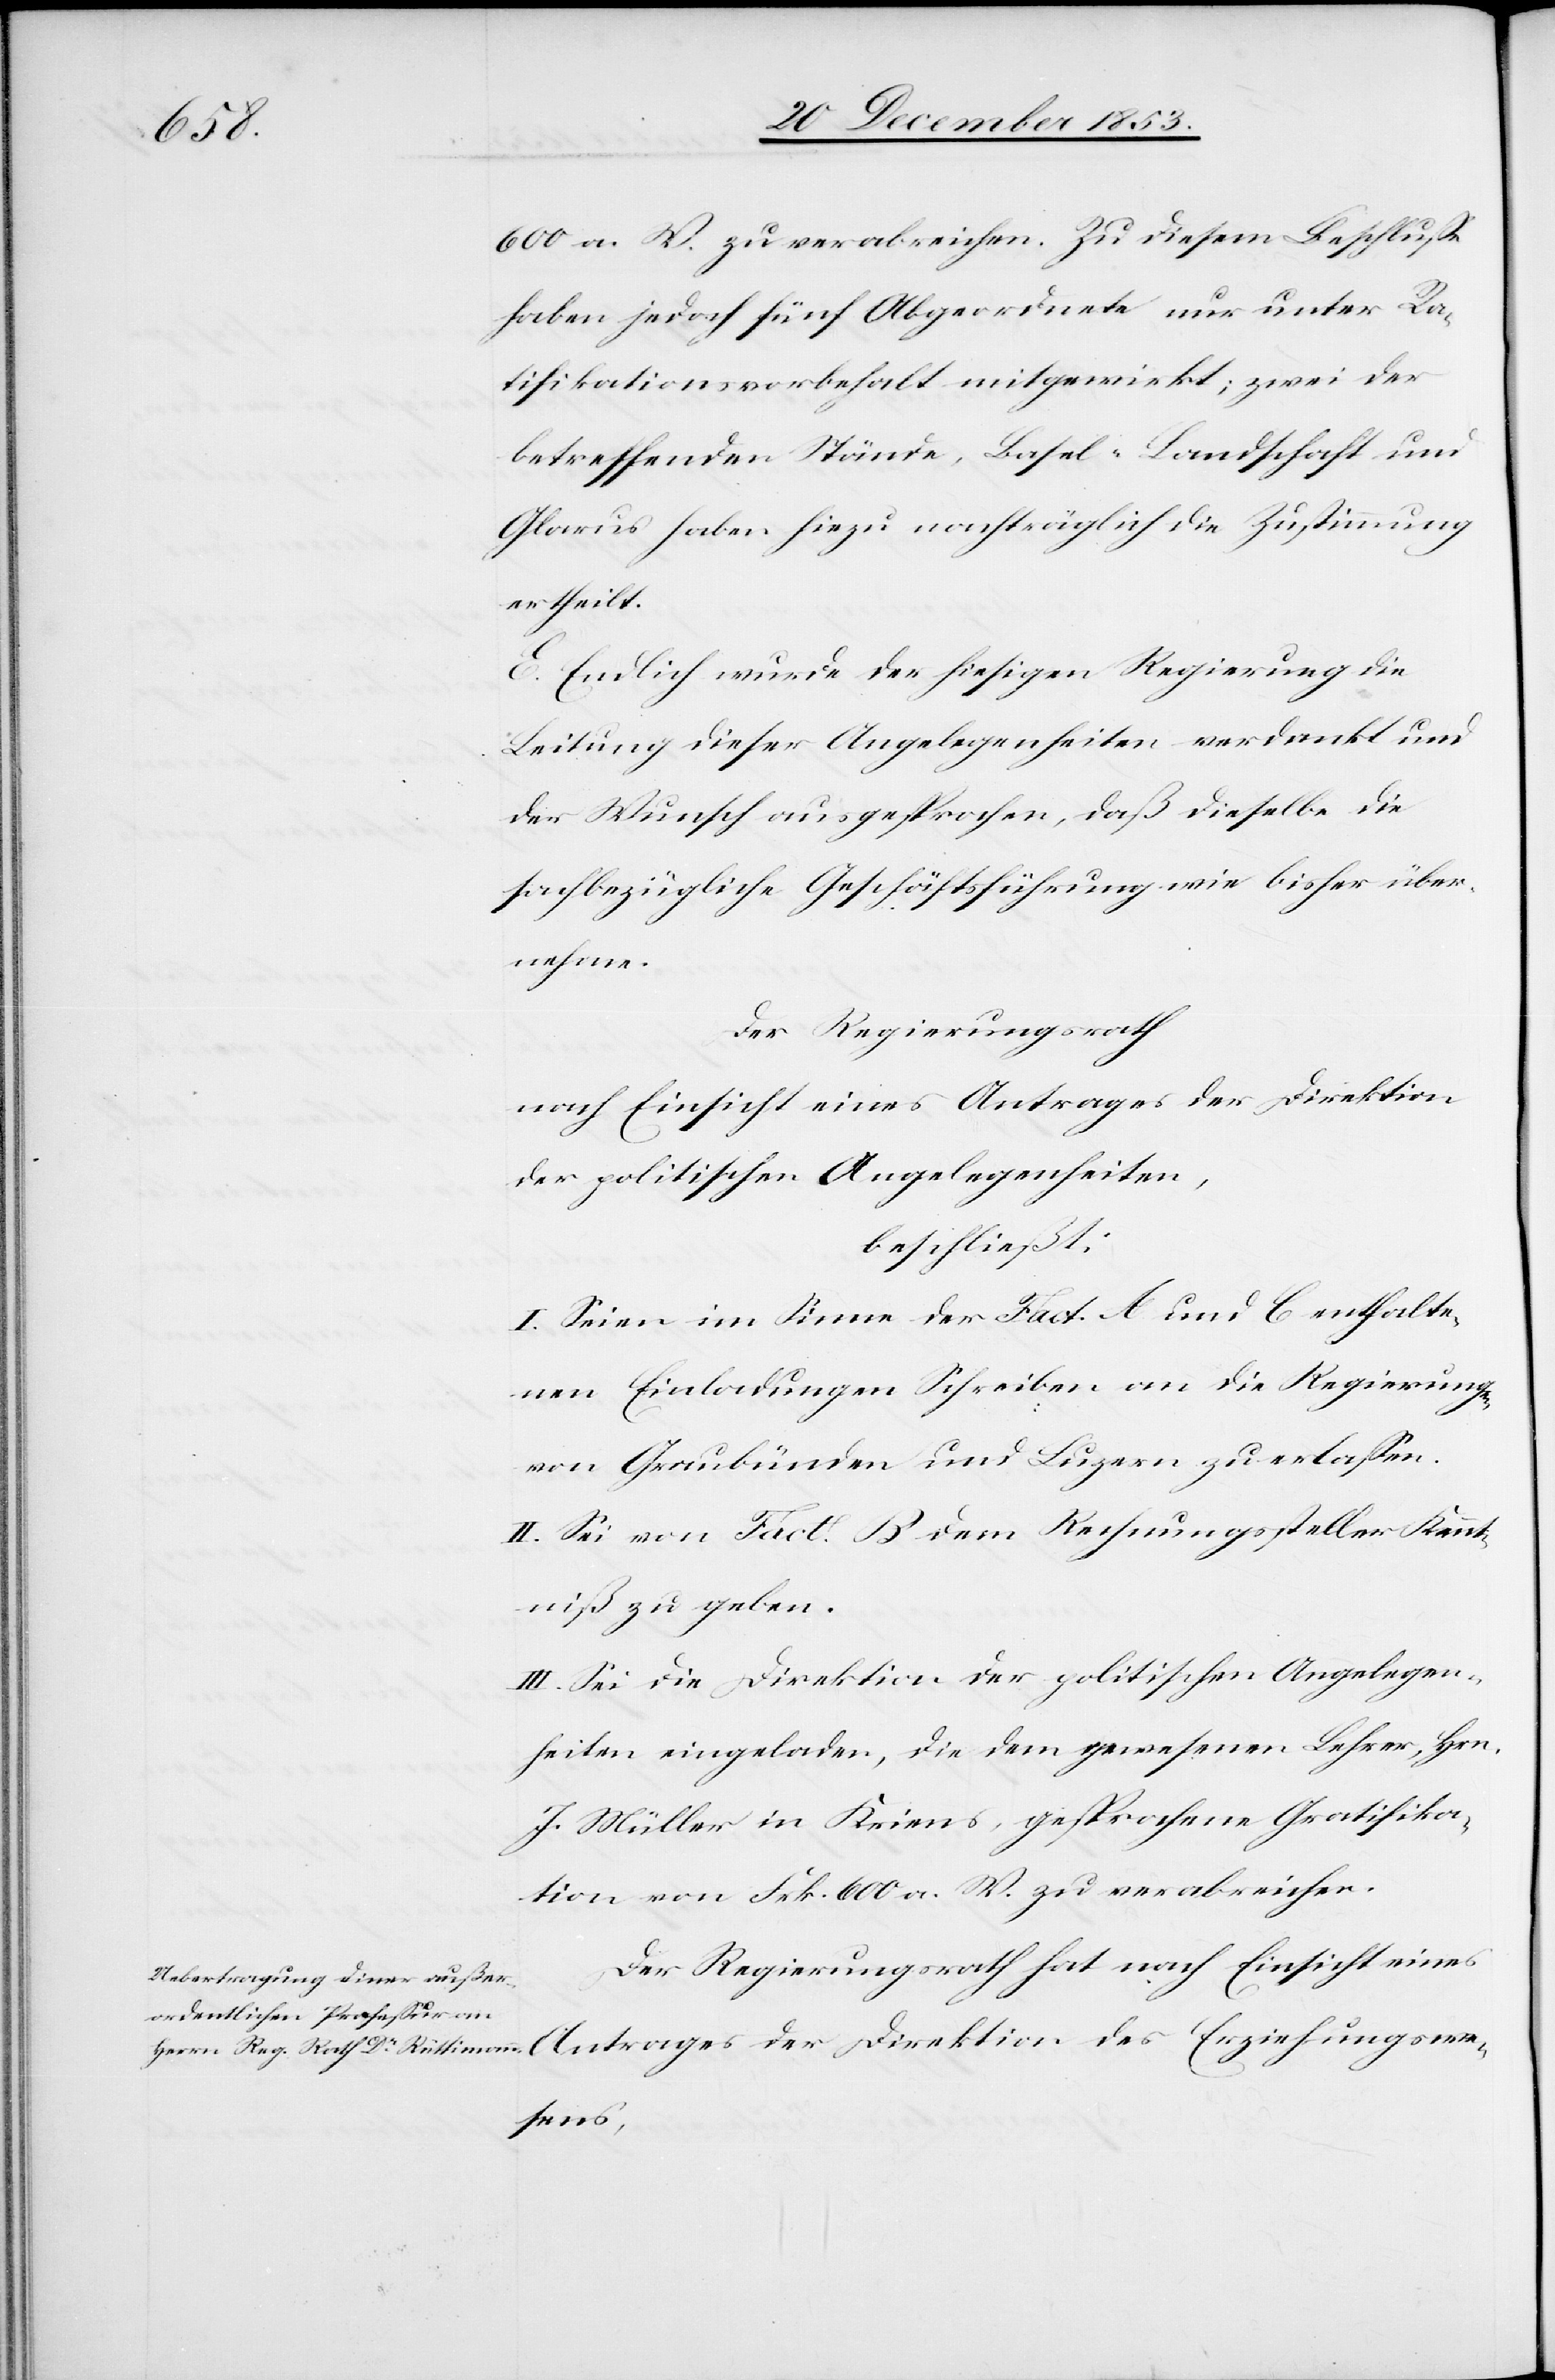
600 a. W. zu verabreichen. Zu diesem Beschluße
haben jedoch fünf Abgeordnete nur unter Ra¬
tifikationsvorbehalt mitgewirkt, zwei der
betreffenden Stände, Basel-Landschaft und
Glarus haben hiezu nachträglich die Zustimmung
ertheilt.
E. Endlich wurde der hiesigen Regierung die
Leitung dieser Angelegenheiten verdankt und
der Wunsch ausgesprochen, daß dieselbe die
sachbezügliche Geschäftsführung wie bisher über¬
nehme.
Der Regierungsrath
nach Einsicht eines Antrages der Direktion
beschließt:
I. Seien im Sinne der Fact. A und C enthalte¬
nen Einladungen Schreiben an die Regierung
von Graubünden und Luzern zu erlaßen.
II. Sei von Fact. B dem Rechnungssteller Kennt¬
niß zu geben.
III. Sei die Direktion der politischen Angelegen¬
heiten eingeladen, die dem gewesenen Lehrer, Hrn.
J. Müller in Kriens, gesprochene Gratifika¬
tion von Frk. 600 a. W. zu verabreichen.
des